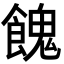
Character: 餽